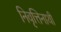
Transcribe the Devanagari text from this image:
निवृत्तिनाथी